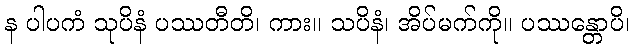
န ပါပကံ သုပိနံ ပဿတီတိ၊ ကား။ သပိနံ၊ အိပ်မက်ကို။ ပဿန္တောပိ၊